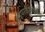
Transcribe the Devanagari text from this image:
हाइपरकैल्सेमिया